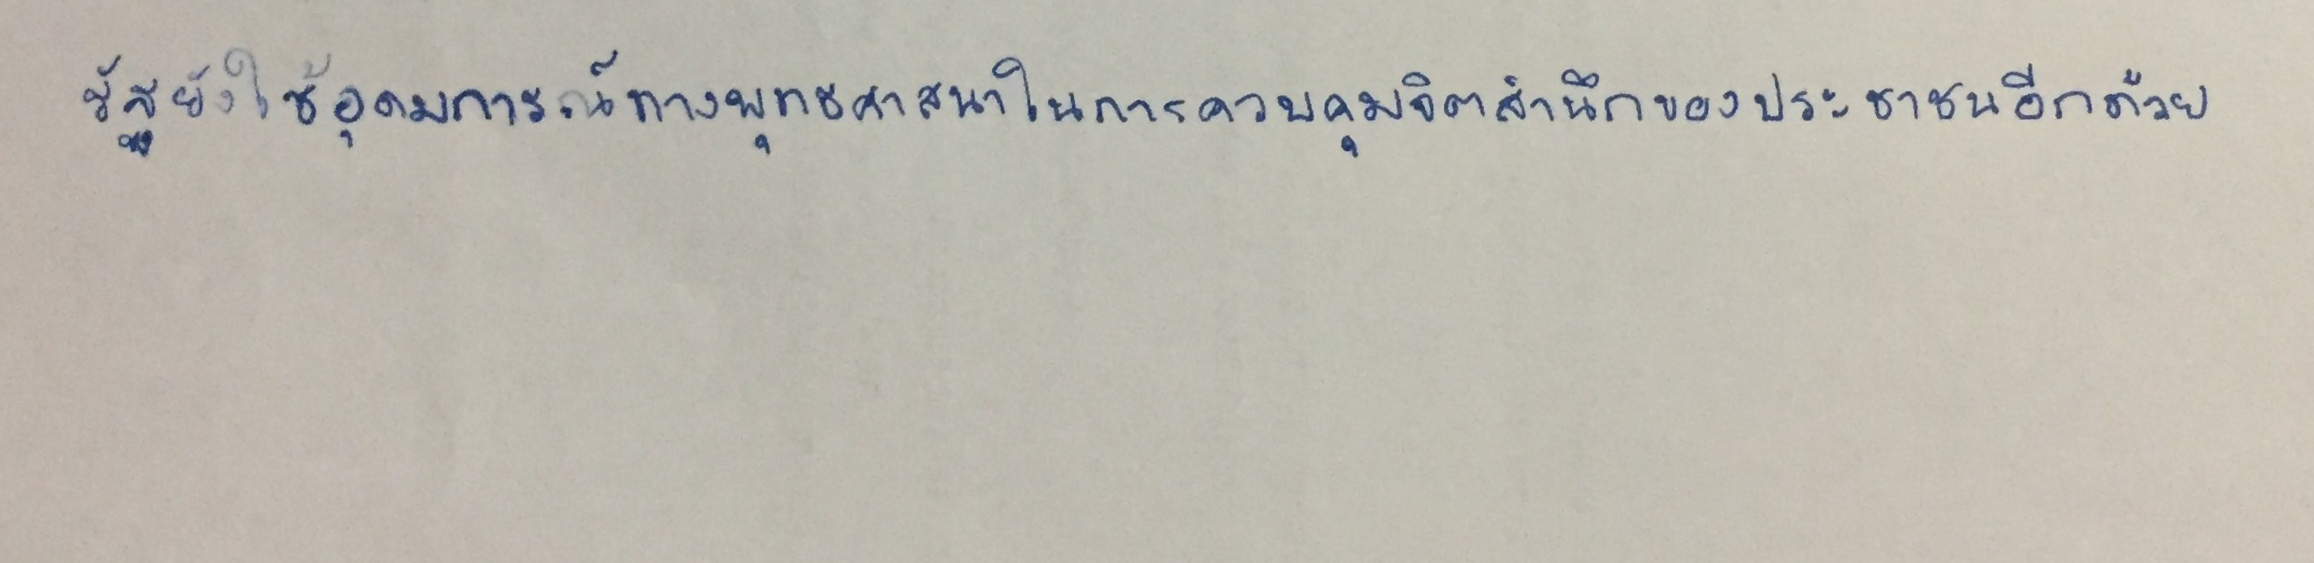
รัฐยังใช้อุดมการณ์ทางพุทธศาสนาในการควบคุมจิตสำนึกของประชาชนอีกด้วย